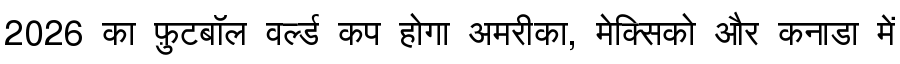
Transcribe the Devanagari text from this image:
2026 का फ़ुटबॉल वर्ल्ड कप होगा अमरीका, मेक्सिको और कनाडा में